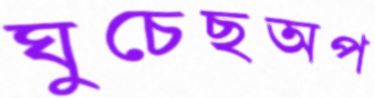
ঘুচেছঅপ